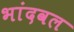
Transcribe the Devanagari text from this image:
भांदवल